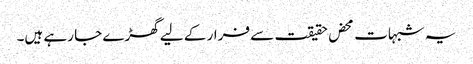
یہ شبہات محض حقیقت سے فرار کے لیے گھڑے جا رہے ہیں۔